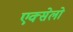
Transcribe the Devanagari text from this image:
एक्सेलो